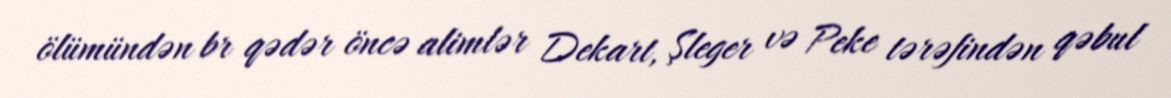
ölümündən br qədər öncə alimlər Dekart, Şleger və Peke tərəfindən qəbul